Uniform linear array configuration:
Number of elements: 8
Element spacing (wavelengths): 0.5
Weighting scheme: hann
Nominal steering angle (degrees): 45
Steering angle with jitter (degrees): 45.704
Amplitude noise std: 0.05
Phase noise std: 0.05

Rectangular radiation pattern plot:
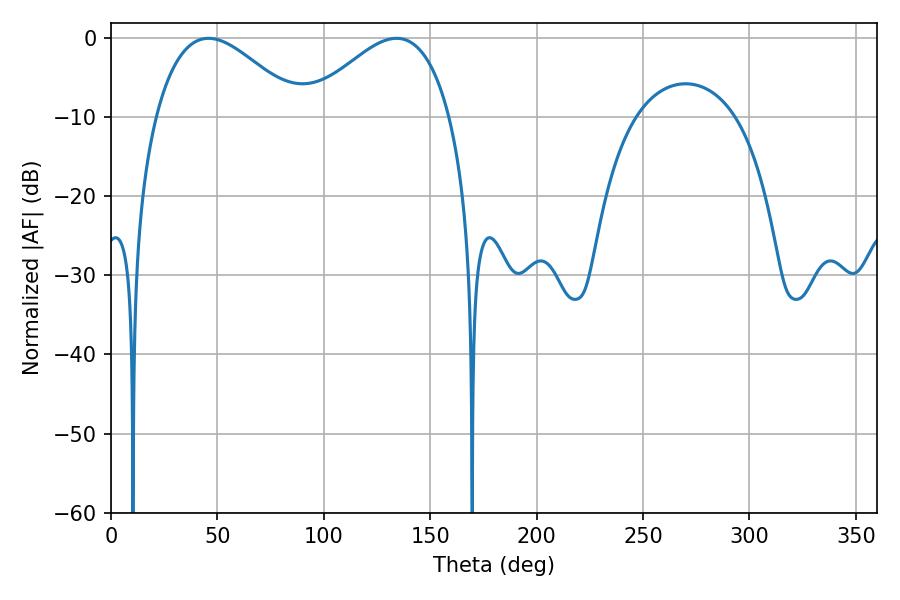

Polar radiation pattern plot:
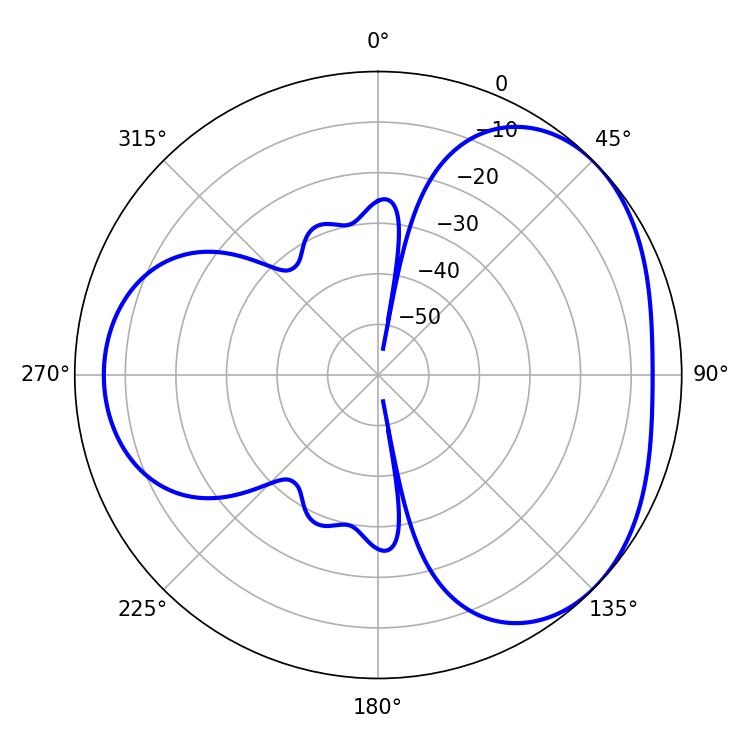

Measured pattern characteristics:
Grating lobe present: FALSE
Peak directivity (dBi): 3.562
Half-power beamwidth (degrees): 36.54
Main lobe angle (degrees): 45.9